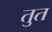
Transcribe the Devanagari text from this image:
तुत